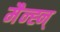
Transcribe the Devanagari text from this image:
मैन्ह्न्